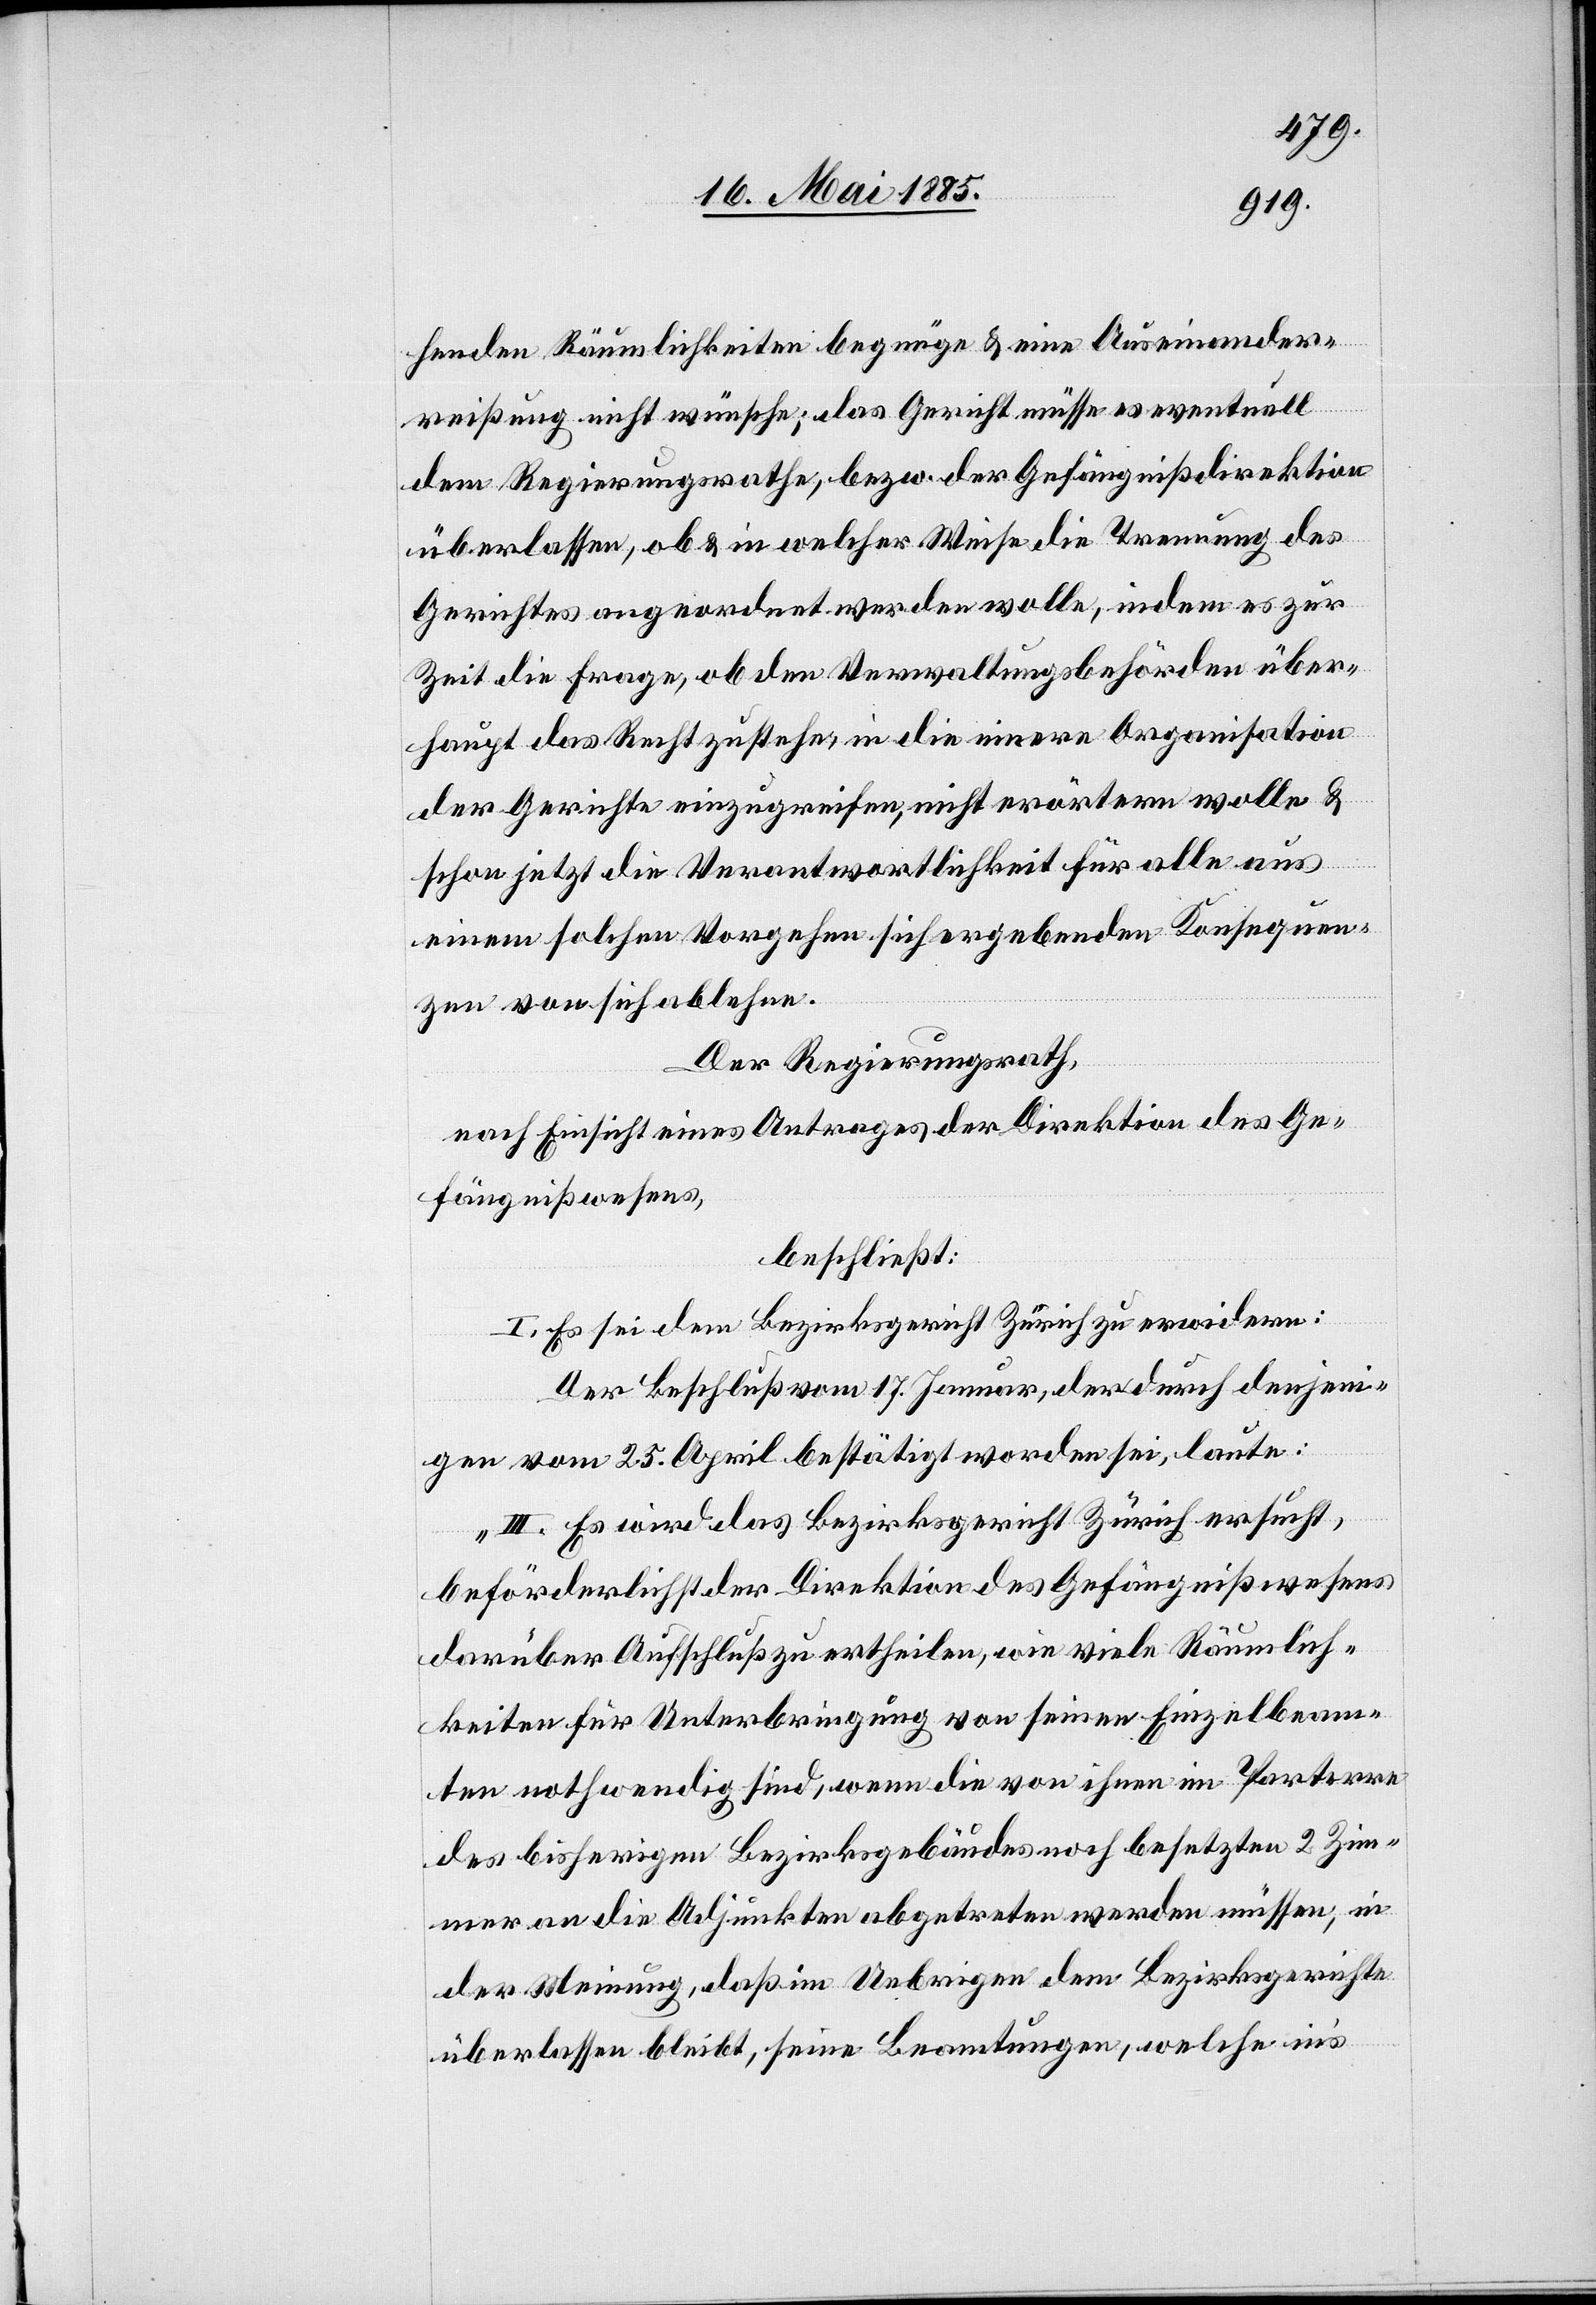
henden Räumlichkeiten begnüge & eine Auseinander¬
reißung nicht wünsche; das Gericht müsse es eventuell
dem Regierungsrathe bezw. der Gefängnißdirektion
überlassen, ob & in welcher Weise die Trennung des
Gerichtes angeordnet werden wolle, indem es zur
Zeit die Frage, ob den Verwaltungsbehörden über¬
haupt das Recht zustehe, in die innere Organisation
der Gerichte einzugreifen nicht erörtern wolle &
schon jetzt die Verantwortlichkeit für alle aus
einem solchen Vorgehen sich ergebenden Konsequen¬
zen von sich ablehne.
Der Regierungsrath,
nach Einsicht eines Antrages der Direktion des Ge¬
fängnißwesens,
beschließt:
I. Es sei dem Bezirksgericht Zürich zu erwidern:
Der Beschluß vom 17. Januar, der durch denjeni¬
gen vom 25. April bestätigt worden sei, laute:
„III. Es wird das Bezirksgericht Zürich ersucht,
beförderlichst der Direktion des Gefängnißwesens
darüber Aufschluß zu ertheilen, wie viele Räumlich¬
keiten für Unterbringung von seinen Einzelbeam¬
ten nothwendig sind, wenn die von ihnen im Parterre
des bisherigen Bezirksgebäudes noch besetzten 2 Zim¬
mer an die Adjunkten abgetreten werden müssen, in
der Meinung, daß im Uebrigen dem Bezirksgerichte
überlassen bleibt, seine Beamtungen, welche in’s